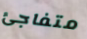
متفاجئ